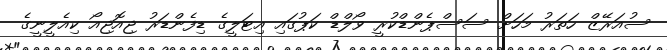
ސުއަރޭޒް ހަތަރު މަހަށް ސަސްޕެންޑްކުރީ ވޯލްޑް ކަޕުގައި އިޓަލީގެ ޑިފެންޑަރު ޖިއޮޖިއޯ ކިއެލީނީގެ